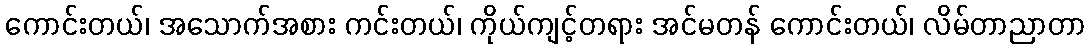
ကောင်းတယ်၊ အသောက်အစား ကင်းတယ်၊ ကိုယ်ကျင့်တရား အင်မတန် ကောင်းတယ်၊ လိမ်တာညာတာ